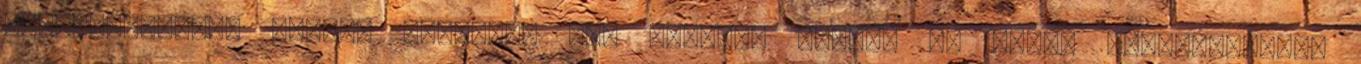
Világbajnokság idején valahogy más világot látni. Az ember lépten-nyomon